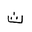
Letter: _tha